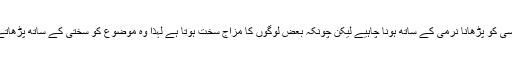
لہذا کسی کو پڑھانا نرمی کے ساتھ ہونا چاہیے لیکن چونکہ بعض لوگوں کا مزاج سخت ہوتا ہے لہذا وہ موضوع کو سختی کے ساتھ پڑھاتے ہیں۔